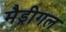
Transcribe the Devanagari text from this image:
मैड्रीगल